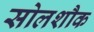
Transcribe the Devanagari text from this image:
सोलशौक